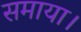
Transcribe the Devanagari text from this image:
समाया।